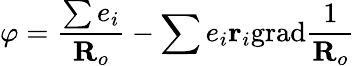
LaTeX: \varphi=\frac{\sum e_{i}}{\textbf{R}_{o}}-\sum e_{i}\textbf{r}_{i}\textrm{grad}\frac{1}{\textbf{R}_{o}}